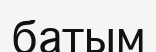
батым